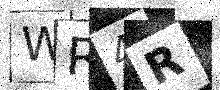
Text: WR4R